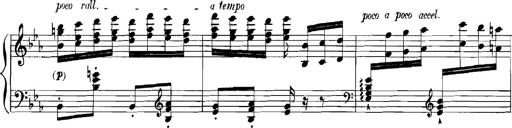
Title: Rhapsodies hongroises
Composer: Franz Liszt